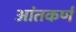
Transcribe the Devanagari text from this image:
आंतकर्ण